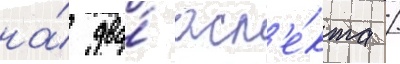
на́ два́ асп'е́кта /